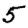
Digit: 5